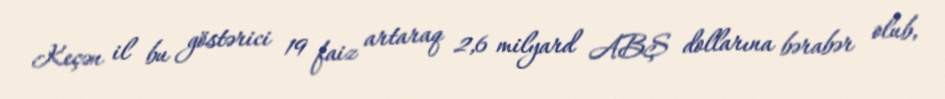
Keçən il bu göstərici 19 faiz artaraq 2,6 milyard ABŞ dollarına bərabər olub,